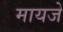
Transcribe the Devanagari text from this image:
मायजे